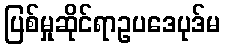
ပြစ်မှုဆိုင်ရာဥပဒေပုဒ်မ